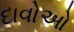
દાવોઓ